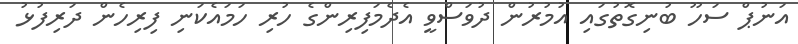
އަނުޕް ސަހޫ ބުނިގޮތުގައި އުމުރުން ދުވަސްވީ އެދެމަފިރިންގެ ހުރި ހަމައެކަނި ފިރިހެން ދަރިފުޅު